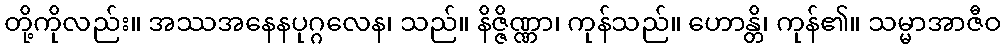
တို့ကိုလည်း။ အဿအနေနပုဂ္ဂလေန၊ သည်။ နိဇ္ဇိဏ္ဏာ၊ ကုန်သည်။ ဟောန္တိ၊ ကုန်၏။ သမ္မာအာဇီဝ